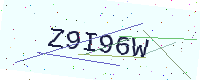
Text: Z9I96W